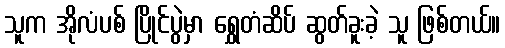
သူက အိုလံပစ် ပြိုင်ပွဲမှာ ရွှေတံဆိပ် ဆွတ်ခူးခဲ့ သူ ဖြစ်တယ်။